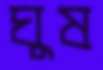
ঘুষ